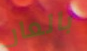
بالعار